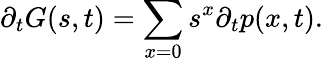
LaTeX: \partial_{t}G(s,t)=\sum_{x=0}s^{x}\partial_{t}p(x,t).